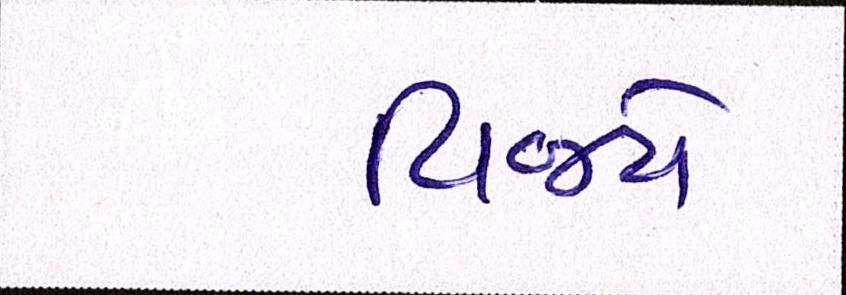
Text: વિજયે